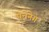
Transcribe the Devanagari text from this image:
पेचेनेग